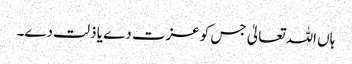
ہاں اللہ تعالیٰ جس کو عزت دے یا ذلت دے۔